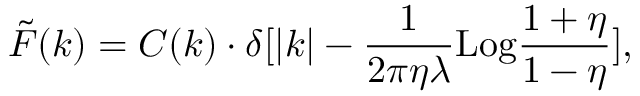
\tilde { F } ( k ) = C ( k ) \cdot \delta [ | k | - { \frac { 1 } { 2 \pi \eta \lambda } } \mathrm { L o g } { \frac { 1 + \eta } { 1 - \eta } } ] ,